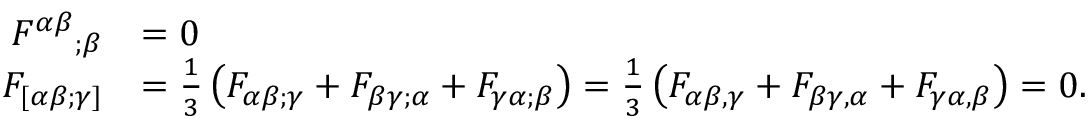
{ \begin{array} { r l } { { F ^ { \alpha \beta } } _ { ; \beta } } & { = 0 } \\ { F _ { [ \alpha \beta ; \gamma ] } } & { = { \frac { 1 } { 3 } } \left( F _ { \alpha \beta ; \gamma } + F _ { \beta \gamma ; \alpha } + F _ { \gamma \alpha ; \beta } \right) = { \frac { 1 } { 3 } } \left( F _ { \alpha \beta , \gamma } + F _ { \beta \gamma , \alpha } + F _ { \gamma \alpha , \beta } \right) = 0 . } \end{array} }